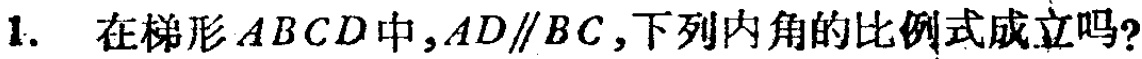
1. 在梯形\(ABCD\)中，\(AD\parallel BC\)，下列内角的比例式成立吗？